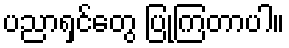
ပညာရှင်တွေ ပြုကြတာပါ။